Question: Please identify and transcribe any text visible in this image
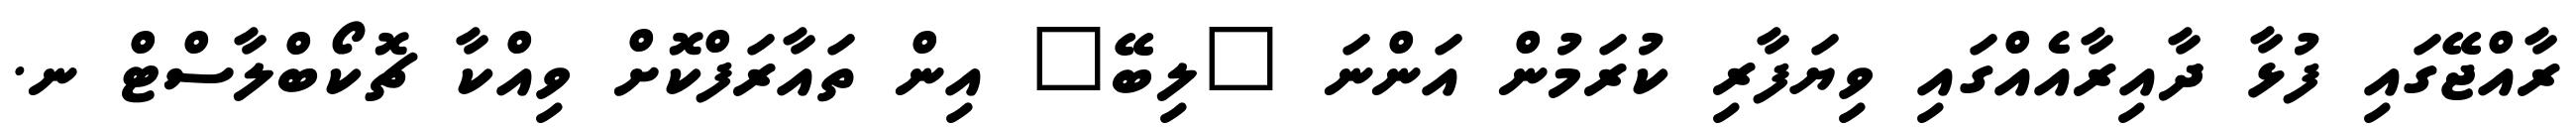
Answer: ރާއްޖޭގައި ފުޅާ ދާއިރާއެއްގައި ވިޔަފާރި ކުރަމުން އަންނަ "ލިބޭ" އިން ތައާރަފްކޮށް ވިއްކާ ޗޮކޯބްލާސްޓް ނ.